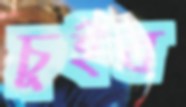
চুইব